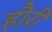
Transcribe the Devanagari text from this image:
हौरी